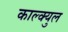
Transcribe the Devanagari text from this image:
काल्क्युल